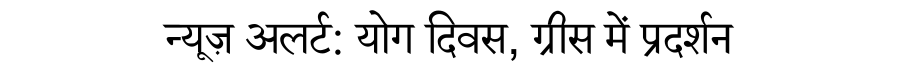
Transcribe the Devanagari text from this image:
न्यूज़ अलर्ट: योग दिवस, ग्रीस में प्रदर्शन